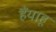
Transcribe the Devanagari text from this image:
हैंयाहू